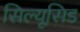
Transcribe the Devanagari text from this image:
सिल्यूसिड